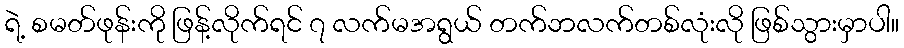
ရဲ့ စမတ်ဖုန်းကို ဖြန့်လိုက်ရင် ၇ လက်မအရွယ် တက်ဘလက်တစ်လုံးလို ဖြစ်သွားမှာပါ။